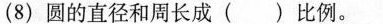
(8)圆的直径和周长成( )比例。